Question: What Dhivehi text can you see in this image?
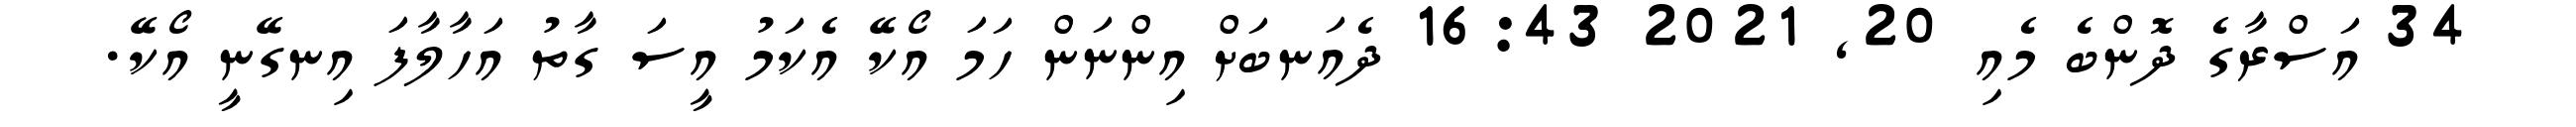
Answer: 34 އަސްރާގެ ދޮންބެ މެއި 20, 2021 16:43 ދެއަނބަށް އިންނަން ހަމަ އޯކޭ އެކަމު އީސަ ގާތު އަހާލާފަ އިނގޭނީ އޯކޭ.